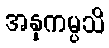
အနုကမ္ပသိ